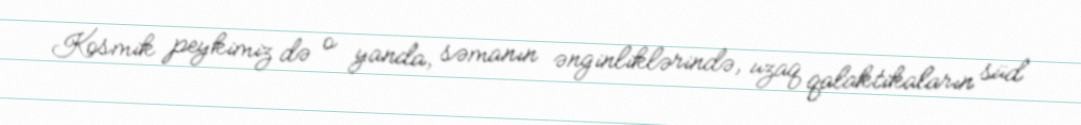
Kosmik peykimiz də o yanda, səmanın ənginliklərində, uzaq qalaktikaların süd